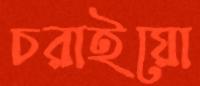
চরাইয়ো